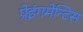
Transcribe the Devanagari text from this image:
प्रेइंगमेन्टिस